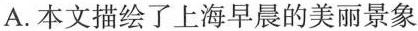
A.本文描绘了上海早晨的美丽景象